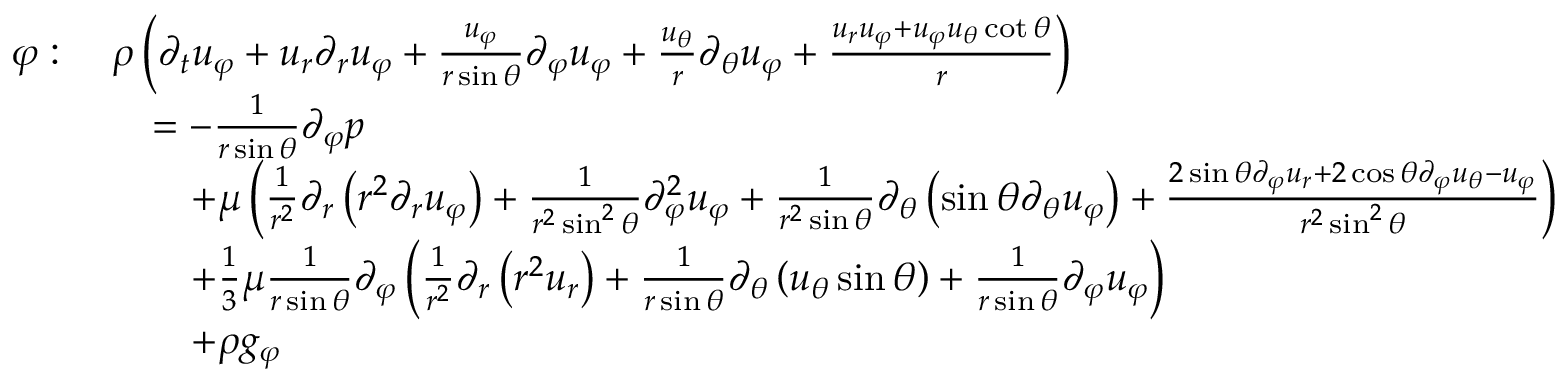
{ \begin{array} { r l } { \varphi : \ } & { \rho \left( { \partial _ { t } u _ { \varphi } } + u _ { r } { \partial _ { r } u _ { \varphi } } + { \frac { u _ { \varphi } } { r \sin \theta } } { \partial _ { \varphi } u _ { \varphi } } + { \frac { u _ { \theta } } { r } } { \partial _ { \theta } u _ { \varphi } } + { \frac { u _ { r } u _ { \varphi } + u _ { \varphi } u _ { \theta } \cot \theta } { r } } \right) } \\ & { \quad = - { \frac { 1 } { r \sin \theta } } { \partial _ { \varphi } p } } \\ & { \qquad + \mu \left( { \frac { 1 } { r ^ { 2 } } } \partial _ { r } \left( r ^ { 2 } { \partial _ { r } u _ { \varphi } } \right) + { \frac { 1 } { r ^ { 2 } \sin ^ { 2 } \theta } } { \partial _ { \varphi } ^ { 2 } u _ { \varphi } } + { \frac { 1 } { r ^ { 2 } \sin \theta } } \partial _ { \theta } \left( \sin \theta { \partial _ { \theta } u _ { \varphi } } \right) + { \frac { 2 \sin \theta { \partial _ { \varphi } u _ { r } } + 2 \cos \theta { \partial _ { \varphi } u _ { \theta } } - u _ { \varphi } } { r ^ { 2 } \sin ^ { 2 } \theta } } \right) } \\ & { \qquad + { \frac { 1 } { 3 } } \mu { \frac { 1 } { r \sin \theta } } \partial _ { \varphi } \left( { \frac { 1 } { r ^ { 2 } } } \partial _ { r } \left( r ^ { 2 } u _ { r } \right) + { \frac { 1 } { r \sin \theta } } \partial _ { \theta } \left( u _ { \theta } \sin \theta \right) + { \frac { 1 } { r \sin \theta } } { \partial _ { \varphi } u _ { \varphi } } \right) } \\ & { \qquad + \rho g _ { \varphi } } \end{array} }